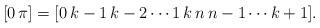
LaTeX: \begin{align*}[0\,\pi]=[0\,k-1\, k-2 \cdots 1 \, k \, n \, n-1 \cdots k+1].\end{align*}